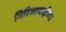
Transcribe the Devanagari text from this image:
गिरिजाबाईंच्या